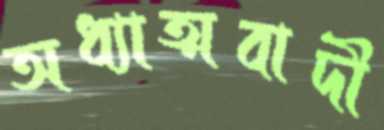
অধ্যাত্মবাদী